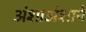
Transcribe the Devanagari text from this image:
अंशाअंशाने